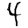
Digit: 4